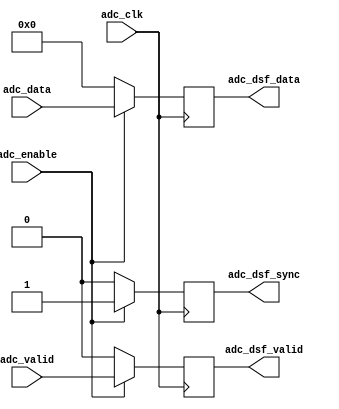
// ***************************************************************************
// ***************************************************************************
// Copyright 2011(c) Analog Devices, Inc.
//
// All rights reserved.
//
// Redistribution and use in source and binary forms, with or without modification,
// are permitted provided that the following conditions are met:
//     - Redistributions of source code must retain the above copyright
//       notice, this list of conditions and the following disclaimer.
//     - Redistributions in binary form must reproduce the above copyright
//       notice, this list of conditions and the following disclaimer in
//       the documentation and/or other materials provided with the
//       distribution.
//     - Neither the name of Analog Devices, Inc. nor the names of its
//       contributors may be used to endorse or promote products derived
//       from this software without specific prior written permission.
//     - The use of this software may or may not infringe the patent rights
//       of one or more patent holders.  This license does not release you
//       from the requirement that you obtain separate licenses from these
//       patent holders to use this software.
//     - Use of the software either in source or binary form, must be run
//       on or directly connected to an Analog Devices Inc. component.
//
// THIS SOFTWARE IS PROVIDED BY ANALOG DEVICES "AS IS" AND ANY EXPRESS OR IMPLIED WARRANTIES,
// INCLUDING, BUT NOT LIMITED TO, NON-INFRINGEMENT, MERCHANTABILITY AND FITNESS FOR A
// PARTICULAR PURPOSE ARE DISCLAIMED.
//
// IN NO EVENT SHALL ANALOG DEVICES BE LIABLE FOR ANY DIRECT, INDIRECT, INCIDENTAL, SPECIAL,
// EXEMPLARY, OR CONSEQUENTIAL DAMAGES (INCLUDING, BUT NOT LIMITED TO, INTELLECTUAL PROPERTY
// RIGHTS, PROCUREMENT OF SUBSTITUTE GOODS OR SERVICES; LOSS OF USE, DATA, OR PROFITS; OR
// BUSINESS INTERRUPTION) HOWEVER CAUSED AND ON ANY THEORY OF LIABILITY, WHETHER IN CONTRACT,
// STRICT LIABILITY, OR TORT (INCLUDING NEGLIGENCE OR OTHERWISE) ARISING IN ANY WAY OUT OF
// THE USE OF THIS SOFTWARE, EVEN IF ADVISED OF THE POSSIBILITY OF SUCH DAMAGE.
// ***************************************************************************
// ***************************************************************************

`timescale 1ns/100ps

module util_cpack_dsf (

  // adc interface

  adc_clk,
  adc_valid,
  adc_enable,
  adc_data,

  // dma interface

  adc_dsf_valid,
  adc_dsf_sync,
  adc_dsf_data);

  // parameters

  parameter   CHANNEL_DATA_WIDTH  = 32;
  parameter   NUM_OF_CHANNELS_I   =  4;
  parameter   NUM_OF_CHANNELS_M   =  8;
  parameter   NUM_OF_CHANNELS_P   =  4;

  localparam  CH_DCNT = NUM_OF_CHANNELS_P - NUM_OF_CHANNELS_I;
  localparam  I_WIDTH = CHANNEL_DATA_WIDTH*NUM_OF_CHANNELS_I;
  localparam  P_WIDTH = CHANNEL_DATA_WIDTH*NUM_OF_CHANNELS_P;
  localparam  M_WIDTH = CHANNEL_DATA_WIDTH*NUM_OF_CHANNELS_M;

  // adc interface

  input                     adc_clk;
  input                     adc_valid;
  input                     adc_enable;
  input   [(I_WIDTH-1):0]   adc_data;

  // dma interface

  output                    adc_dsf_valid;
  output                    adc_dsf_sync;
  output  [(P_WIDTH-1):0]   adc_dsf_data;

  // internal registers

  reg     [  2:0]           adc_samples_int = 'd0;
  reg     [(M_WIDTH-1):0]   adc_data_int = 'd0;
  reg                       adc_dsf_enable = 'd0;
  reg                       adc_dsf_valid_int = 'd0;
  reg                       adc_dsf_sync_int = 'd0;
  reg     [(P_WIDTH-1):0]   adc_dsf_data_int = 'd0;
  reg                       adc_dsf_valid = 'd0;
  reg                       adc_dsf_sync = 'd0;
  reg     [(P_WIDTH-1):0]   adc_dsf_data = 'd0;

  // internal signals

  wire    [(M_WIDTH-1):0]   adc_data_s;

  // bypass

  generate
  if (NUM_OF_CHANNELS_I == NUM_OF_CHANNELS_P) begin
  assign adc_data_s = 'd0;

  always @(posedge adc_clk) begin
    adc_samples_int <= 'd0;
    adc_data_int <= 'd0;
    adc_dsf_enable <= 'd0;
    adc_dsf_valid_int <= 'd0;
    adc_dsf_sync_int <= 'd0;
    adc_dsf_data_int <= 'd0;
    if (adc_enable == 1'b1) begin
      adc_dsf_valid <= adc_valid;
      adc_dsf_sync <= 1'b1;
      adc_dsf_data <= adc_data;
    end else begin
      adc_dsf_valid <= 'b0;
      adc_dsf_sync <= 'b0;
      adc_dsf_data <= 'd0;
    end
  end
  end
  endgenerate

  // data store & forward

  generate
  if (NUM_OF_CHANNELS_P > NUM_OF_CHANNELS_I) begin
  assign adc_data_s[(M_WIDTH-1):I_WIDTH] = 'd0;
  assign adc_data_s[(I_WIDTH-1):0] = adc_data;

  always @(posedge adc_clk) begin
    if (adc_valid == 1'b1) begin
      if (adc_samples_int >= CH_DCNT) begin
        adc_samples_int <= adc_samples_int - CH_DCNT;
      end else begin
        adc_samples_int <= adc_samples_int + NUM_OF_CHANNELS_I;
      end
      adc_data_int <= {adc_data_s[(I_WIDTH-1):0],
        adc_data_int[(M_WIDTH-1):I_WIDTH]};
    end
  end

  always @(posedge adc_clk) begin
    adc_dsf_enable <= adc_enable;
    if (adc_samples_int >= CH_DCNT) begin
      adc_dsf_valid_int <= adc_valid;
    end else begin
      adc_dsf_valid_int <= 1'b0;
    end
    if (adc_dsf_sync_int == 1'b1) begin
      if (adc_dsf_valid_int == 1'b1) begin
        adc_dsf_sync_int <= 1'b0;
      end
    end else begin
      if (adc_samples_int == 3'd0) begin
        adc_dsf_sync_int <= 1'b1;
      end
    end
  end

  always @(posedge adc_clk) begin
    if (adc_valid == 1'b1) begin
      case (adc_samples_int)
        3'b111:  adc_dsf_data_int <= {adc_data_s[((CHANNEL_DATA_WIDTH*1)-1):0],
                    adc_data_int[((CHANNEL_DATA_WIDTH*8)-1):(CHANNEL_DATA_WIDTH*1)]};
        3'b110:  adc_dsf_data_int <= {adc_data_s[((CHANNEL_DATA_WIDTH*2)-1):0],
                    adc_data_int[((CHANNEL_DATA_WIDTH*8)-1):(CHANNEL_DATA_WIDTH*2)]};
        3'b101:  adc_dsf_data_int <= {adc_data_s[((CHANNEL_DATA_WIDTH*3)-1):0],
                    adc_data_int[((CHANNEL_DATA_WIDTH*8)-1):(CHANNEL_DATA_WIDTH*3)]};
        3'b100:  adc_dsf_data_int <= {adc_data_s[((CHANNEL_DATA_WIDTH*4)-1):0],
                    adc_data_int[((CHANNEL_DATA_WIDTH*8)-1):(CHANNEL_DATA_WIDTH*4)]};
        3'b011:  adc_dsf_data_int <= {adc_data_s[((CHANNEL_DATA_WIDTH*5)-1):0],
                    adc_data_int[((CHANNEL_DATA_WIDTH*8)-1):(CHANNEL_DATA_WIDTH*5)]};
        3'b010:  adc_dsf_data_int <= {adc_data_s[((CHANNEL_DATA_WIDTH*6)-1):0],
                    adc_data_int[((CHANNEL_DATA_WIDTH*8)-1):(CHANNEL_DATA_WIDTH*6)]};
        3'b001:  adc_dsf_data_int <= {adc_data_s[((CHANNEL_DATA_WIDTH*7)-1):0],
                    adc_data_int[((CHANNEL_DATA_WIDTH*8)-1):(CHANNEL_DATA_WIDTH*7)]};
        3'b000:  adc_dsf_data_int <= adc_data_s;
        default: adc_dsf_data_int <= 'd0;
      endcase
    end
  end

  always @(posedge adc_clk) begin
    if (adc_enable == 1'b1) begin
      adc_dsf_valid <= adc_dsf_valid_int;
      adc_dsf_sync <= adc_dsf_sync_int;
      adc_dsf_data <= adc_dsf_data_int[(P_WIDTH-1):0];
    end else begin
      adc_dsf_valid <= 'b0;
      adc_dsf_sync <= 'b0;
      adc_dsf_data <= 'd0;
    end
  end
  end
  endgenerate

endmodule

// ***************************************************************************
// ***************************************************************************